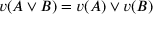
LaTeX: v ( A \lor B ) = v ( A ) \lor v ( B )